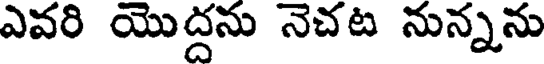
ఎవరి యొద్దను నెచట నున్నను